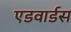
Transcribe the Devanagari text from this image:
एडवार्डस